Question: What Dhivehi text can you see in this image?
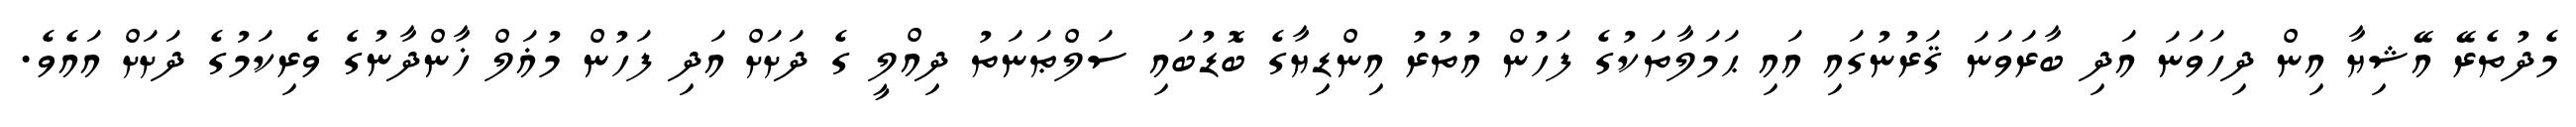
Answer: މެދުތެރޭ އޭޝިޔާ އިން ދިހަވަނަ އަދި ބާރަވަނަ ޤަރުނުގައި އައި ޙަމަލާތަކުގެ ފަހުން އުތުރު އިންޑިޔާގެ ބޮޑުބައި ސަލްޠަނަތު ދިއްލީ ގެ ދަށަށް އަދި ފަހުން މުޣަލް ޚާންދާނުގެ ވެރިކަމުގެ ދަށަށް އައެވެ.